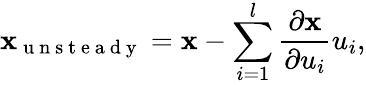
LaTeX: \mathbf{x}_{\mathrm{~u~n~s~t~e~a~d~y~}}=\mathbf{x}-\sum_{i=1}^{l}\frac{\partial\mathbf{x}}{\partial u_{i}}u_{i},